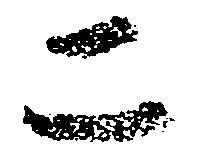
二